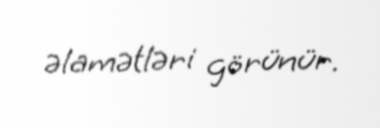
əlamətləri görünür.